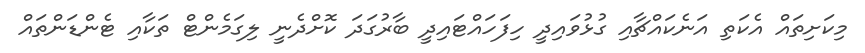
މިކަށިތައް އެކަތި އަނެކައްޗާއި ގުޅުވައިދީ ހިފަހައްޓައިދީ ބާރުގަދަ ކޮށްދެނީ ލިގަމެންޓް ތަކާއި ޓެންޑަންތައް